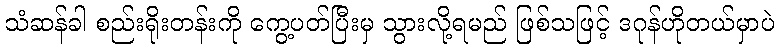
သံဆန်ခါ စည်းရိုးတန်းကို ကွေ့ပတ်ပြီးမှ သွားလို့ရမည် ဖြစ်သဖြင့် ဒဂုန်ဟိုတယ်မှာပဲ